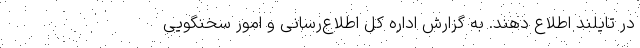
در تایلند اطلاع دهند. به گزارش اداره کل اطلاع‌رسانی و امور سخنگویی